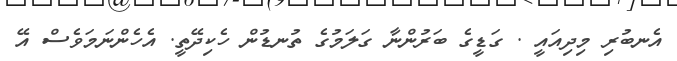
އެނބުރި މިދިއައީ . ގަޑީގެ ބަރުންނާ ގަލަމުގެ ތުނޑުން ހެކިދޭތީ. އެހެންނަމަވެސް އޭ